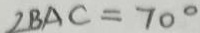
\angle B A C = 7 0 ^ { \circ }